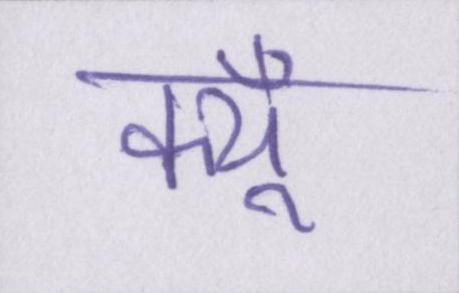
क्यूँ